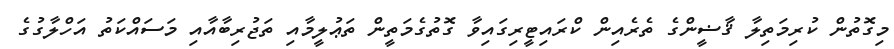
މިގޮތުން ކުރިމަތިލާ ޤާޟީންގެ ތެރެއިން ކްރައިޓީރިގައިވާ ގޮތުގެމަތީން ތަޢުލީމާއި ތަޖުރިބާއާއި މަސައްކަތު އަހްލާގުގެ